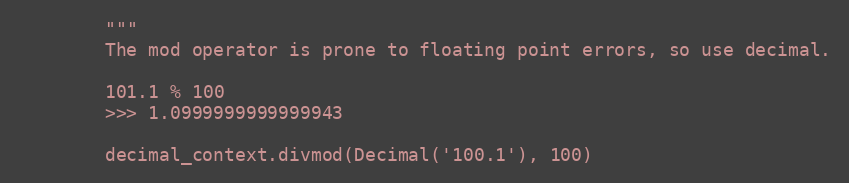
Language: Python
        """
        The mod operator is prone to floating point errors, so use decimal.

        101.1 % 100
        >>> 1.0999999999999943

        decimal_context.divmod(Decimal('100.1'), 100)